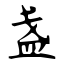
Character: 盏